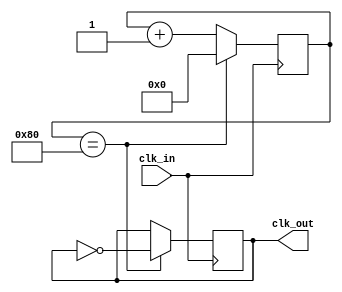
module floating_point_clock_divider (
    input  wire clk_in,
    output reg  clk_out
);

reg [7:0] count;
reg [7:0] divider_value = 5;
reg [7:0] fractional_part = 128;

always @(posedge clk_in) begin
    if (count == fractional_part) begin
        count <= 0;
        clk_out <= ~clk_out;
    end else begin
        count <= count + 1;
    end
end

endmodule